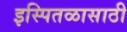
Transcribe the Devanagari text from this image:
इस्पितळासाठी